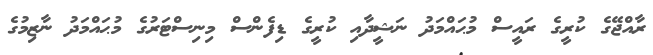
ރާއްޖޭގެ ކުރީގެ ރައީސް މުޙައްމަދު ނަޝީދާއި ކުރީގެ ޑިފެންސް މިނިސްޓަރުގެ މުޙައްމަދު ނާޒިމުގެ